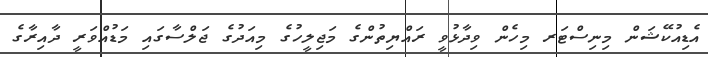
އެޑިއުކޭޝަން މިނިސްޓަރ މިހެން ވިދާޅުވީ ރައްޔިތުންގެ މަޖިލީހުގެ މިއަދުގެ ޖަލްސާގައި މަޑުއްވަރީ ދާއިރާގެ